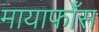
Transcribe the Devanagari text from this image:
मायाफाँस